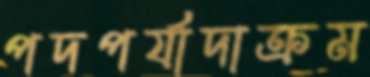
পদপর্যাদাক্রম